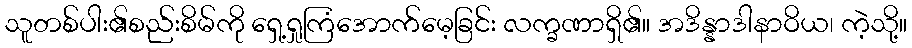
သူတစ်ပါး၏စည်းစိမ်ကို ရှေ့ရှုကြံအောက်မေ့ခြင်း လက္ခဏာရှိ၏။ အဒိန္နာဒါနာဝိယ၊ ကဲ့သို့။